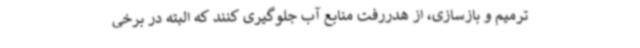
ترمیم و بازسازی، از هدررفت منابع آب جلوگیری کنند که البته در برخی